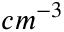
c m ^ { - 3 }